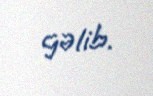
gəlib.